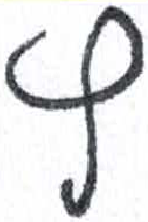
אות: ף